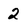
Character: 2